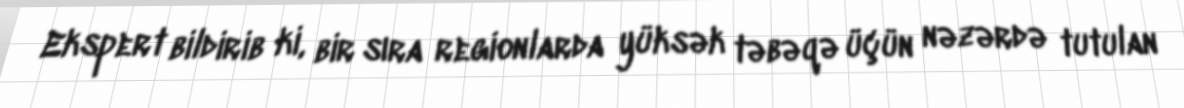
Ekspert bildirib ki, bir sıra regionlarda yüksək təbəqə üçün nəzərdə tutulan